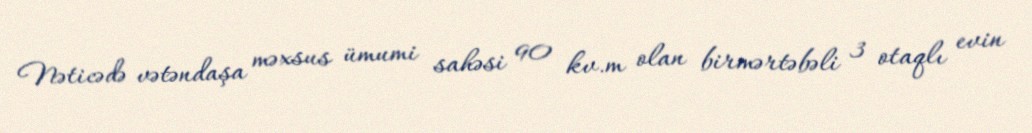
Nəticədə vətəndaşa məxsus ümumi sahəsi 90 kv.m olan birmərtəbəli 3 otaqlı evin